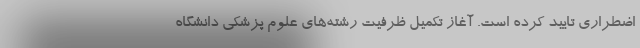
اضطراری تایید کرده است. آغاز تکمیل ظرفیت رشته‌های علوم پزشکی دانشگاه